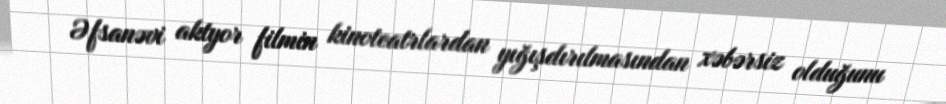
Əfsanəvi aktyor filmin kinoteatrlardan yığışdırılmasından xəbərsiz olduğunu